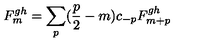
F _ { m } ^ { g h } = \sum _ { p } ( \frac { p } { 2 } - m ) c _ { - p } F _ { m + p } ^ { g h }